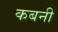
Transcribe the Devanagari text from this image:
कबनी